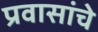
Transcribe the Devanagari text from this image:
प्रवासांचे